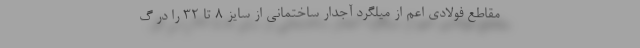
مقاطع فولادي اعم از ميلگرد آجدار ساختماني از سايز 8 تا 32 را در گ